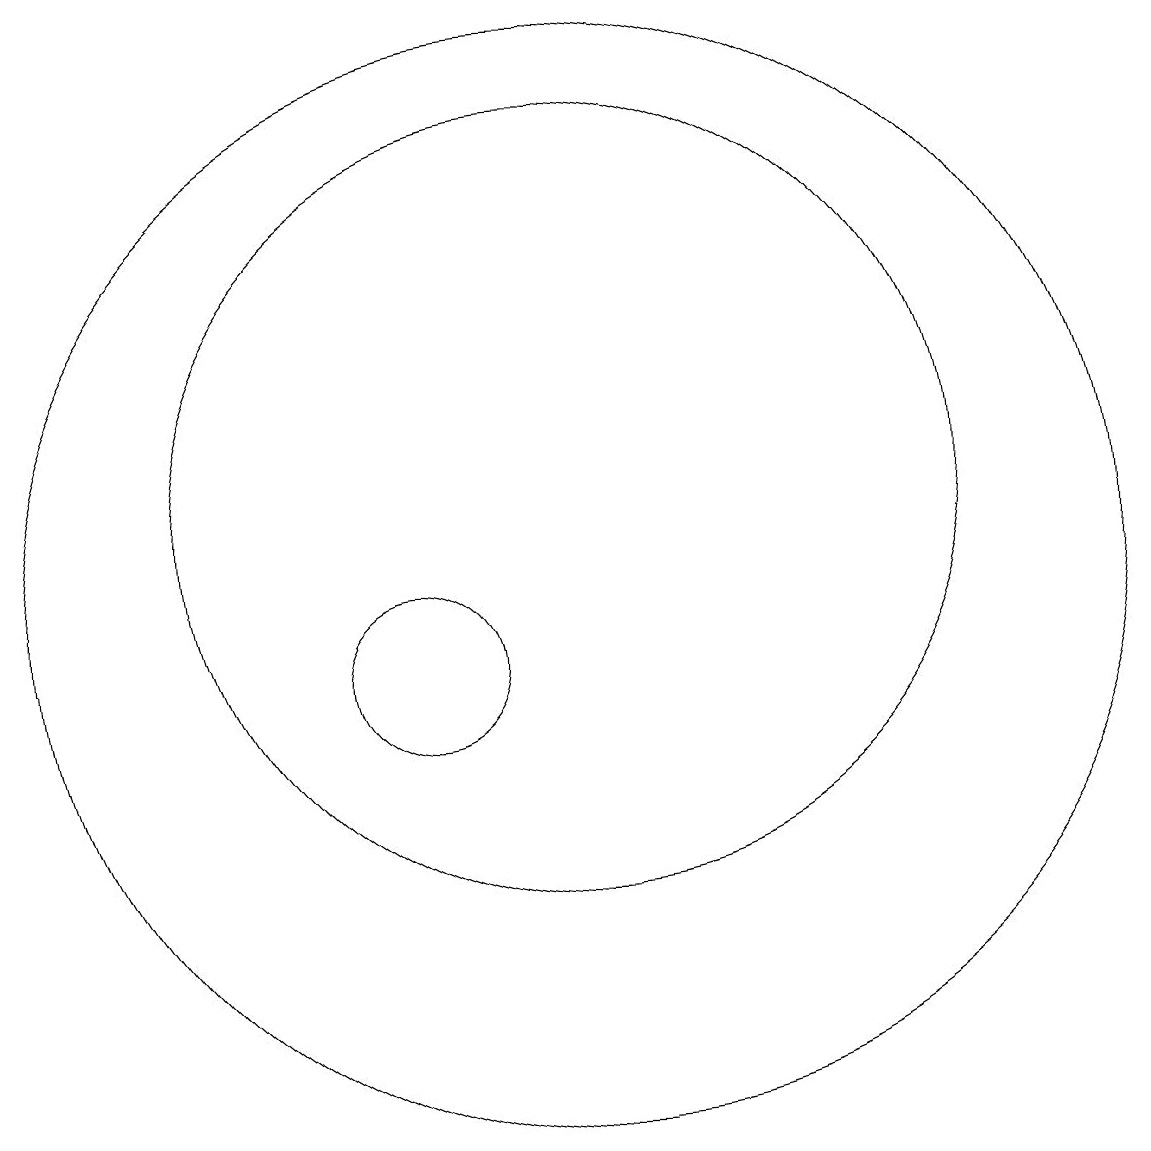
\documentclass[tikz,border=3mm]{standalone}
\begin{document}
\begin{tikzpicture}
\draw (12,11) circle (7);
\draw (12,12) circle (5);
\draw (10,10) circle (1);
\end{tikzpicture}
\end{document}